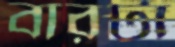
বারটা